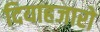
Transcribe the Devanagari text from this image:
दियाहजारो